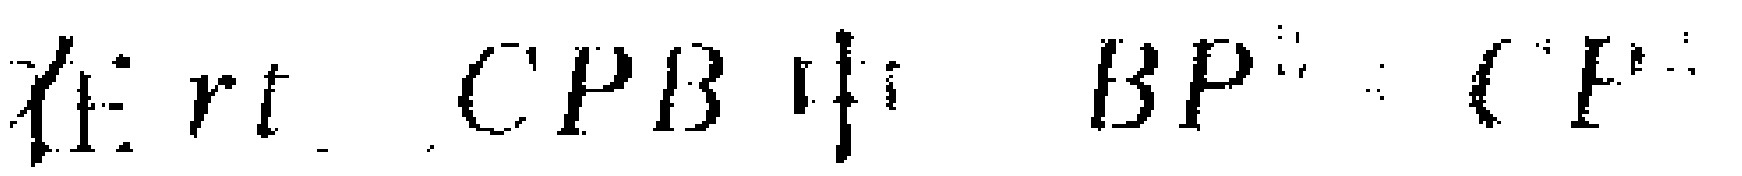
在$rt\triangle CPB$中，$BP = CP$